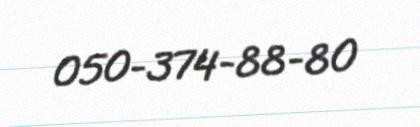
050-374-88-80